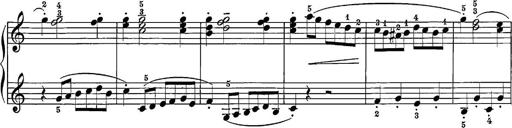
Title: 12 Sonatine per Pianoforte
Composer: Friedrich Kuhlau